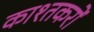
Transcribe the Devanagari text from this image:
काश्तकरों